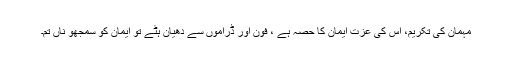
مہمان کی تکریم، اس کی عزت ایمان کا حصہ ہے ، فون اور ڈراموں سے دھیان ہٹے تو ایمان کو سمجھو ناں تم۔